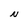
Character: N